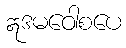
ဣဒမဝေါစပေ